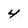
Character: 4